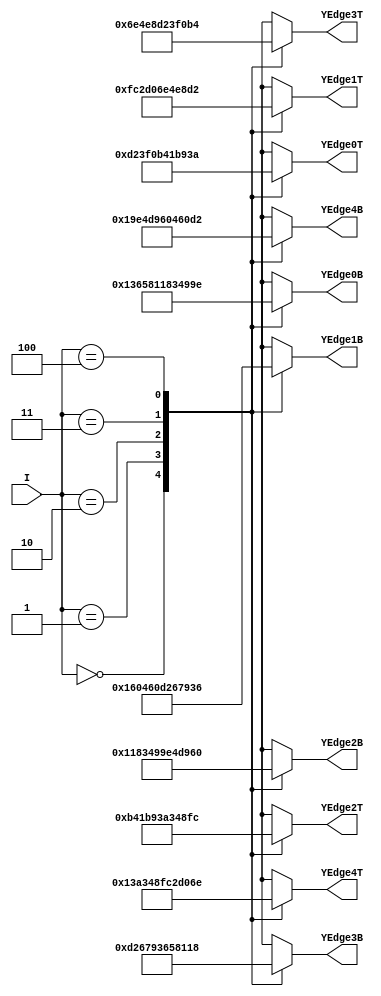
`timescale 1ns / 1ps
//////////////////////////////////////////////////////////////////////////////////
// Company: 
// Engineer: 
// 
// Design Name: 
// Module Name:    Y_ROM 
// Project Name: 
// Target Devices: 
// Tool versions: 
// Description: 
//
// Dependencies: 
//
// Revision: 
// Revision 0.01 - File Created
// Additional Comments: 
// 
// This holds default heights (Y coordinates) for pipe obstacles.
// Coordinate is the top edge of the pipe. Bottom edge is calculated in obstacle logic.
//////////////////////////////////////////////////////////////////////////////////
module Y_ROM(I,
	YEdge0T, YEdge0B,
	YEdge1T, YEdge1B,
	YEdge2T, YEdge2B,
	YEdge3T, YEdge3B,
	YEdge4T, YEdge4B
	);
	
	parameter E0 = 210;
	parameter E1 = 252;
	parameter E2 = 180;
	parameter E3 = 110;
	parameter E4 = 314;
	
	input [2:0] I;
	
	output [9:0] YEdge0T;
	output [9:0] YEdge0B;
	
	output [9:0] YEdge1T;
	output [9:0] YEdge1B;
	
	output [9:0] YEdge2T;
	output [9:0] YEdge2B;
	
	output [9:0] YEdge3T;
	output [9:0] YEdge3B;
	
	output [9:0] YEdge4T;
	output [9:0] YEdge4B;

	reg [9:0] YEdge0T;
	reg [9:0] YEdge0B;
	
	reg [9:0] YEdge1T;
	reg [9:0] YEdge1B;
	
	reg [9:0] YEdge2T;
	reg [9:0] YEdge2B;
	
	reg [9:0] YEdge3T;
	reg [9:0] YEdge3B;
	
	reg [9:0] YEdge4T;
	reg [9:0] YEdge4B;	
 
   always @(I) //instead of always@(I)
         case (I)
            3'b000: 
				begin 
					YEdge0T <= E0;
					YEdge0B <= E0 + 100;
					YEdge1T <= E1;
					YEdge1B <= E1 + 100;
					YEdge2T <= E2;
					YEdge2B <= E2 + 100;
					YEdge3T <= E3;
					YEdge3B <= E3 + 100;
					YEdge4T <= E4;
					YEdge4B <= E4 + 100;
				end
            3'b001:
				begin 
					YEdge0T <= E1;
					YEdge0B <= E1 + 100;
					YEdge1T <= E2;
					YEdge1B <= E2 + 100;
					YEdge2T <= E3;
					YEdge2B <= E3 + 100;
					YEdge3T <= E4;
					YEdge3B <= E4 + 100;
					YEdge4T <= E0;
					YEdge4B <= E0 + 100;
				end
            3'b010:
				begin 
					YEdge0T <= E2;
					YEdge0B <= E2 + 100;
					YEdge1T <= E3;
					YEdge1B <= E3 + 100;
					YEdge2T <= E4;
					YEdge2B <= E4 + 100;
					YEdge3T <= E0;
					YEdge3B <= E0 + 100;
					YEdge4T <= E1;
					YEdge4B <= E1 + 100;
				end
            3'b011:
				begin 
					YEdge0T <= E3;
					YEdge0B <= E3 + 100;
					YEdge1T <= E4;
					YEdge1B <= E4 + 100;
					YEdge2T <= E0;
					YEdge2B <= E0 + 100;
					YEdge3T <= E1;
					YEdge3B <= E1 + 100;
					YEdge4T <= E2;
					YEdge4B <= E2 + 100;
				end
			3'b100:
				begin
					YEdge0T <= E4;
					YEdge0B <= E4 + 100;
					YEdge1T <= E0;
					YEdge1B <= E0 + 100;
					YEdge2T <= E1;
					YEdge2B <= E1 + 100;
					YEdge3T <= E2;
					YEdge3B <= E2 + 100;
					YEdge4T <= E3;
					YEdge4B <= E3 + 100;
				end
            default:
				begin 
					YEdge0T <= 10'bXXXXXXXXXX;
					YEdge0B <= 10'bXXXXXXXXXX;
					YEdge1T <= 10'bXXXXXXXXXX;
					YEdge1B <= 10'bXXXXXXXXXX;
					YEdge2T <= 10'bXXXXXXXXXX;
					YEdge2B <= 10'bXXXXXXXXXX;
					YEdge3T <= 10'bXXXXXXXXXX;
					YEdge3B <= 10'bXXXXXXXXXX;
					YEdge4T <= 10'bXXXXXXXXXX;
					YEdge4B <= 10'bXXXXXXXXXX;
				end
         endcase	 

endmodule